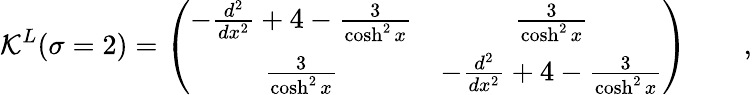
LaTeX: {\cal K}^{L}(\sigma=2)=\left(\begin{array}{cc}{{-\frac{d^{2}}{dx^{2}}+4-\frac{3}{\cosh^{2}x}}}&{{\frac{3}{\cosh^{2}x}}}\\ {{\frac{3}{\cosh^{2}x}}}&{{-\frac{d^{2}}{dx^{2}}+4-\frac{3}{\cosh^{2}x}}}\end{array}\right)\qquad,